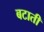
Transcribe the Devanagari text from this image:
बटाती